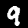
Digit: 9